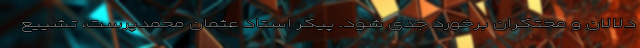
دلالان و محتکران برخورد جدی شود. پیکر استاد عثمان محمدپرست، تشییع